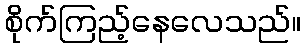
စိုက်ကြည့်နေလေသည်။